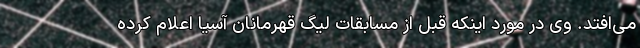
می‌افتد. وی در مورد اینکه قبل از مسابقات لیگ قهرمانان آسیا اعلام کرده